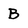
Character: B